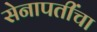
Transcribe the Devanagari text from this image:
सेनापतींचा